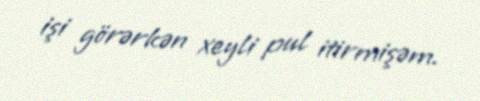
işi görərkən xeyli pul itirmişəm.